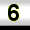
Digit: 6